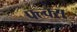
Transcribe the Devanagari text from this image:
फ्ल्क्स